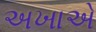
અખાએ